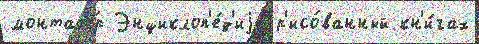
монтаж́р Энциклоп'е́д'иjа р'исо́ванный кн'и́гах